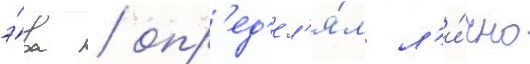
э́ра / опр'ед'ел'я́л л'и́чно